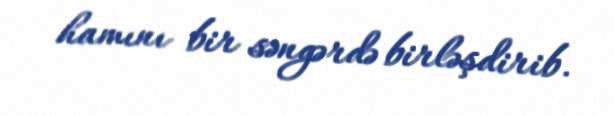
hamını bir səngərdə birləşdirib.